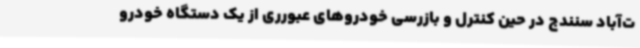
ت‌آباد سنندج در حین کنترل و بازرسی خودروهای عبورری از یک دستگاه خودرو